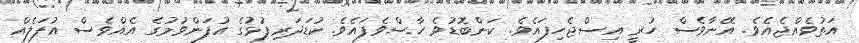
އަތުވެއްޖެއެވެ. އޭނާވެސް ހުރީ އިސްޖެހިފައެވެ. ކަންބޮޑުވެ ހާސްވެފައެވެ. ކުޑަދަރިފުޅުގެ އުފަންވުމުގެ އެއްވެސް އުފަލެއް